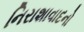
નિરાશાવાદનો